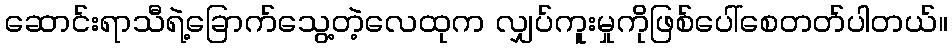
ဆောင်းရာသီရဲ့ခြောက်သွေ့တဲ့လေထုက လျှပ်ကူးမှုကိုဖြစ်ပေါ်စေတတ်ပါတယ်။